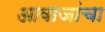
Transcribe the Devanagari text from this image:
आवाजांचा